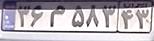
۳۶م۵۸۳۴۳